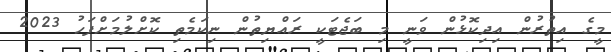
މީގެ އިތުރުން އިދިކޮޅުން ވަނީ މި ބަޖެޓަކީ ރައްޔިތުން ނިކަމެތި ކޮށްލުމަށްފަހު 2023